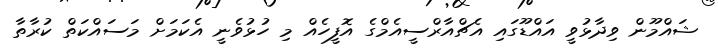
ޝައްމޫން ވިދާޅުވީ އައްޑޫގައި އެޗްއާރްސީއެމްގެ އޮފީހެއް މި ހުޅުވެނީ އެކަމަށް މަސައްކަތް ކުރާތާ